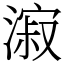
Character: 漃